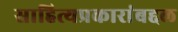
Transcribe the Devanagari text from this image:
साहित्यप्रकारांबद्दल